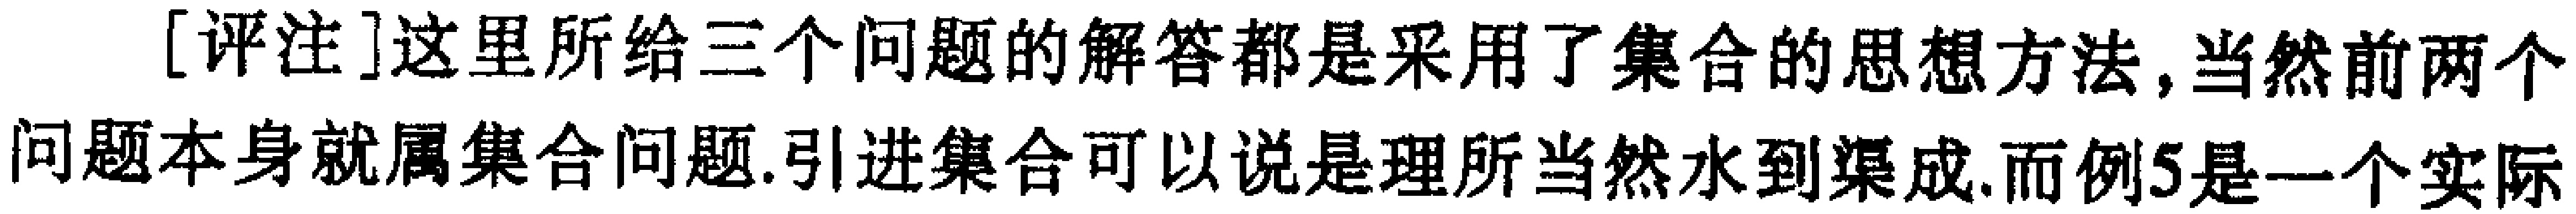
[评注]这里所给三个问题的解答都是采用了集合的思想方法,当然前两个问题本身就属集合问题.引进集合可以说是理所当然水到渠成.而例5是一个实际